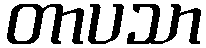
တာပသာ